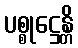
ပစ္စုဋ္ဌေန္တိ